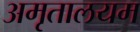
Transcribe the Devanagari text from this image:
अमृतालयम